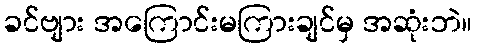
ခင်ဗျား အကြောင်းမကြားချင်မှ အဆုံးဘဲ။